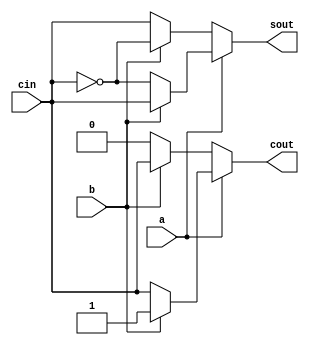
`timescale 1ns / 1ps

module fulladder_c(
    input a,b,cin,
    output sout,cout
    );
    
    assign sout = a?(b?( cin?cin:cin):(cin?~cin:~cin)):(b?(cin?~cin:~cin):(cin?cin:cin)); 
    assign cout = a?(b?( cin?1:1):(cin?cin:cin)):(b?(cin?cin:cin):(cin?0:0)); 
    
endmodule